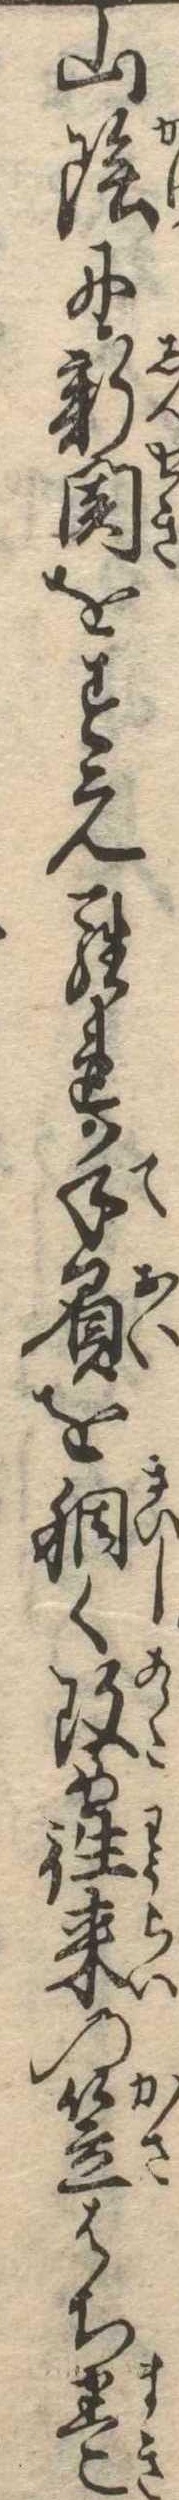
山陰に新関をすえられ手負を稠く改め往来の笠はち巻